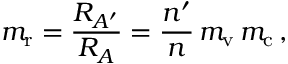
m _ { \mathrm { r } } = { \frac { R _ { A ^ { \prime } } } { R _ { A } } } = { \frac { n ^ { \prime } } { n } } \, m _ { \mathrm { v } } \, m _ { \mathrm { c } } \, ,